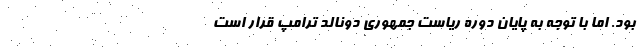
بود. اما با توجه به پایان دوره ریاست جمهوری دونالد ترامپ قرار است